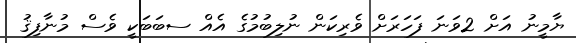
ޔާމީނު އަށް 2ވަނަ ފަހަރަށް ވެރިކަން ނުލިބުމުގެ އެއް ސބަބަކީ ވެސް މުނާފިޤު